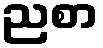
ညစာ